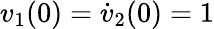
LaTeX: v_{1}(0)=\dot{v}_{2}(0)=1